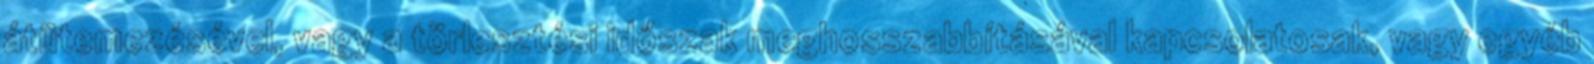
átütemezésével, vagy a törlesztési időszak meghosszabbításával kapcsolatosak, vagy egyéb